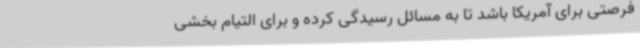
فرصتی برای آمریکا باشد تا به مسائل رسیدگی کرده و برای التیام بخشی